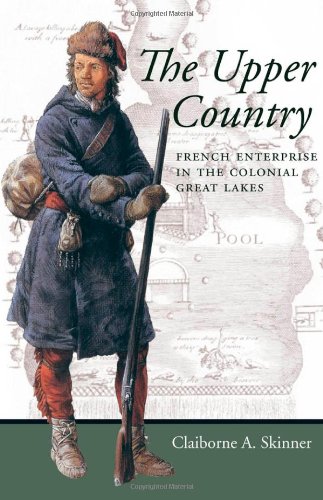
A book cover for The Upper Country: French Enterprise in the Colonial Great Lakes (Regional Perspectives on Early America); Claiborne A. Skinner; History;